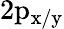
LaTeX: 2\mathrm{p_{x/y}}